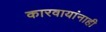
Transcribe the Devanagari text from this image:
कारवायांनाही